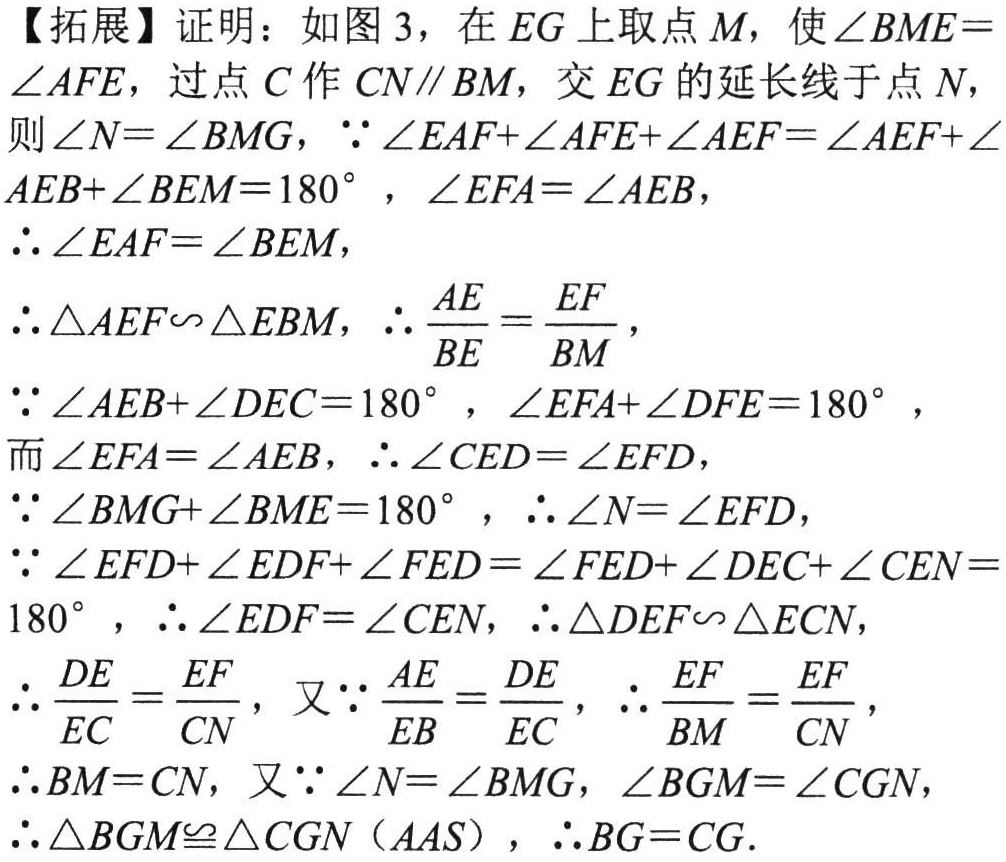
【拓展】证明：如图 3，在 \(EG\) 上取点 \(M\)，使\(\angle BME = \angle AFE\)，过点 \(C\) 作 \(CN\parallel BM\)，交 \(EG\) 的延长线于点 \(N\)，
则\(\angle N=\angle BMG\)，\(\because\angle EAF+\angle AFE+\angle AEF=\angle AEF+\angle AEB+\angle BEM = 180^{\circ}\)，\(\angle EFA=\angle AEB\)，
\(\therefore\angle EAF=\angle BEM\)，
\(\therefore\triangle AEF\backsim\triangle EBM\)，\(\therefore\frac{AE}{BE}=\frac{EF}{BM}\)，
\(\because\angle AEB+\angle DEC = 180^{\circ}\)，\(\angle EFA+\angle DFE = 180^{\circ}\)，
而\(\angle EFA=\angle AEB\)，\(\therefore\angle CED=\angle EFD\)，
\(\because\angle BMG+\angle BME = 180^{\circ}\)，\(\therefore\angle N=\angle EFD\)，
\(\because\angle EFD+\angle EDF+\angle FED=\angle FED+\angle DEC+\angle CEN = 180^{\circ}\)，\(\therefore\angle EDF=\angle CEN\)，\(\therefore\triangle DEF\backsim\triangle ECN\)，
\(\therefore\frac{DE}{EC}=\frac{EF}{CN}\)，又\(\because\frac{AE}{EB}=\frac{DE}{EC}\)，\(\therefore\frac{EF}{BM}=\frac{EF}{CN}\)，
\(\therefore BM = CN\)，又\(\because\angle N=\angle BMG\)，\(\angle BGM=\angle CGN\)，
\(\therefore\triangle BGM\cong\triangle CGN\)（\(AAS\)），\(\therefore BG = CG\).